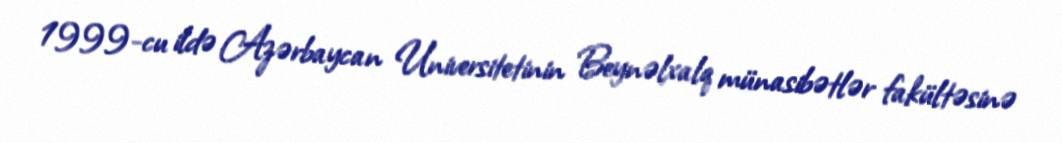
1999-cu ildə Azərbaycan Universitetinin Beynəlxalq münasibətlər fakültəsinə